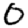
Digit: 0